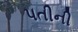
પતીની